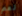
نعم